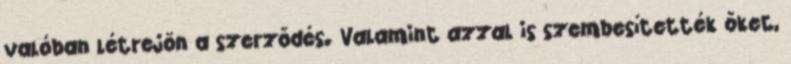
valóban létrejön a szerződés. Valamint azzal is szembesítették őket,